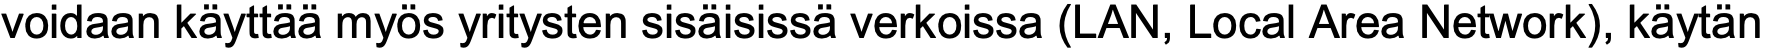
voidaan käyttää myös yritysten sisäisissä verkoissa (LAN, Local Area Network), käytän